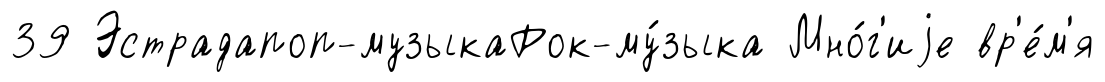
39 Эстрадапоп-музыкаРок-му́зыка Мно́г'иjе вр'е́м'я